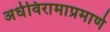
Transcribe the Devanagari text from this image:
अर्धविरामाप्रमाणे